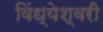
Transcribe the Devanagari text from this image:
विंध्येश्वरी